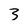
Character: 3